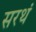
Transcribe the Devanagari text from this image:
सरथं